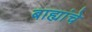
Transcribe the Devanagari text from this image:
बाह्यांचे